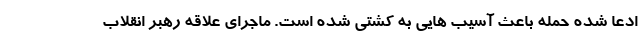
ادعا شده حمله باعث آسیب هایی به کشتی شده است. ماجرای علاقه رهبر انقلاب